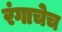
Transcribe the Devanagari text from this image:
रंगाचेच